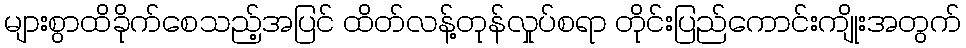
များစွာထိခိုက်စေသည့်အပြင် ထိတ်လန့်တုန်လှုပ်စရာ တိုင်းပြည်ကောင်းကျိုးအတွက်